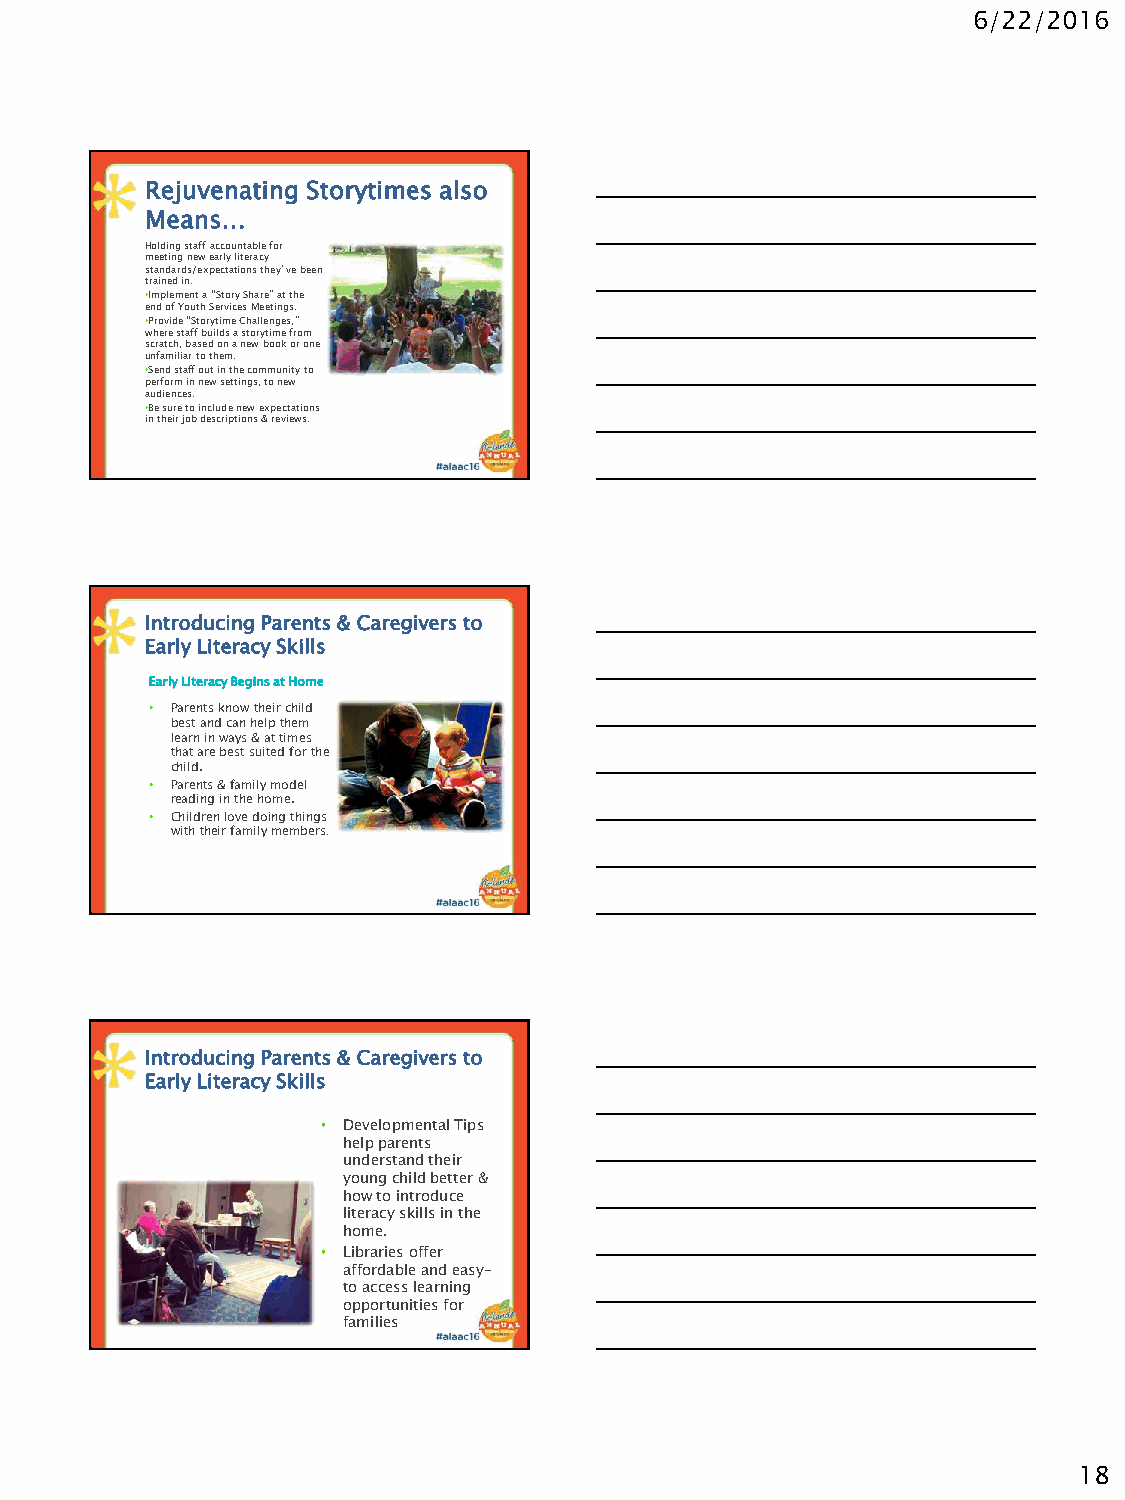
6/22/2016
 Rejuvenating Storytimes also
 Means…
 Holding staff accountable for
 meeting new early literacy
 standards/expectations they’ve been
 trained in.
 •Implement a “Story Share”at the
 end of Youth Services Meetings.
 •Provide “Storytime Challenges,”
 where staff builds a storytime from
 scratch, based on a new book or one
 unfamiliar to them.
 •Send staff out in the community to
 perform in new settings, to new
 audiences.
 •Be sure to include new expectations
 in their job descriptions & reviews.
 Introducing Parents & Caregivers to
 Early Literacy Skills
 Early Literacy Begins at Home
 • Parents know their child
 best and can help them
 learn in ways & at times
 that are best suited for the
 child.
 • Parents & family model
 reading in the home.
 • Children love doing things
 with their family members.
 Introducing Parents & Caregivers to
 Early Literacy Skills
 • Developmental Tips
 help parents
 understand their
 young child better &
 how to introduce
 literacy skills in the
 home.
 • Libraries offer
 affordable and easy-
 to access learning
 opportunities for
 families
 18